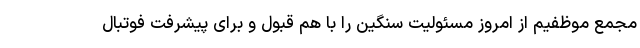
مجمع موظفیم از امروز مسئولیت سنگین را با هم قبول و برای پیشرفت فوتبال